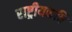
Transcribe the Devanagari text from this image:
राष्ट्रीयकवि